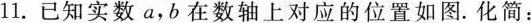
11.已知实数a，b在数轴上对应的位置如图。化简：